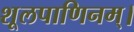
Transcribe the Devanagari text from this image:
शूलपाणिनम्।